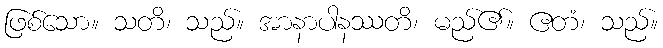
ဖြစ်သော။ သတိ၊ သည်။ အာနာပါနဿတိ၊ မည်၏။ ဧတံ၊ သည်။